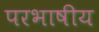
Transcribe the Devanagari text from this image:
परभाषीय